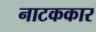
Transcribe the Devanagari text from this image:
नाटककार